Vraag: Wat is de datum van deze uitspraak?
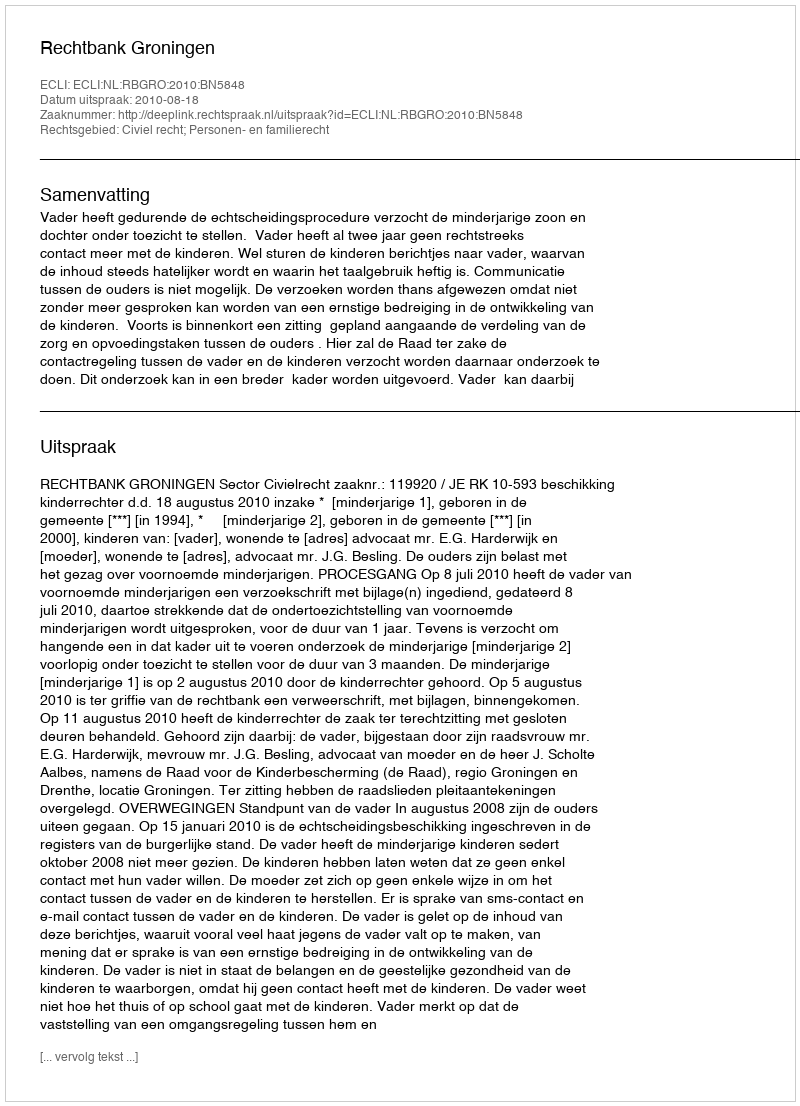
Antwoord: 2010-08-18